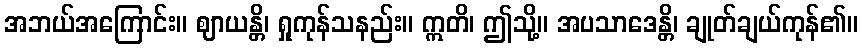
အဘယ်အကြောင်း။ ဈာယန္တိ၊ ရှုကုန်သနည်း။ ဣတိ၊ ဤသို့။ အပသာဒေန္တိ၊ ချုတ်ချယ်ကုန်၏။